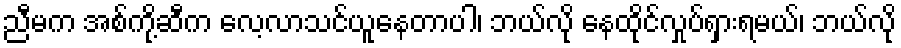
ညီမက အစ်ကို့ဆီက လေ့လာသင်ယူနေတာပါ၊ ဘယ်လို နေထိုင်လှုပ်ရှားရမယ်၊ ဘယ်လို